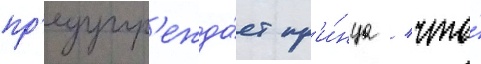
пр'едупр'ежда́ет пр'и́нца / что́